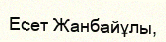
Есет Жанбайұлы,